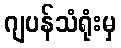
ဂျပန်သံရုံးမှ